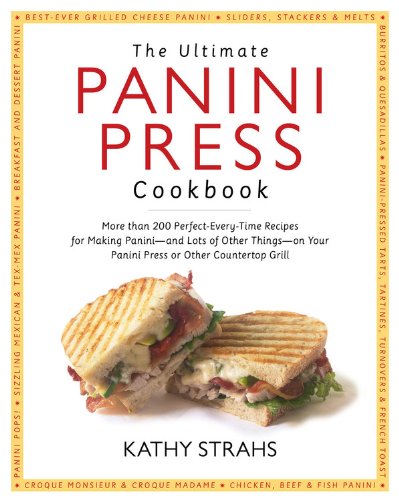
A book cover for The Ultimate Panini Press Cookbook: More Than 200 Perfect-Every-Time Recipes for Making Panini - and Lots of Other Things - on Your Panini Press or Other Countertop Grill; Kathy Strahs; Cookbooks, Food & Wine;